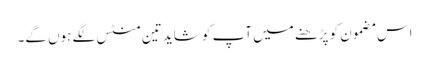
اس مضمون کو پڑھنے میں آپ کو شاید تین منٹس لگے ہوں گے۔